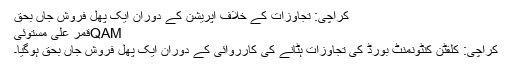
کراچی: تجاوزات کے خلاف آپریشن کے دوران ایک پھل فروش جاں بحق
QAMقمر علی مستوئی
کراچی: کلفٹن کنٹونمنٹ بورڈ کی تجاوزات ہٹانے کی کارروائی کے دوران ایک پھل فروش جاں بحق ہوگیا۔